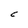
Character: C